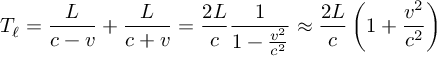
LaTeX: T _ { \ell } = { \frac { L } { c - v } } + { \frac { L } { c + v } } = { \frac { 2 L } { c } } { \frac { 1 } { 1 - { \frac { v ^ { 2 } } { c ^ { 2 } } } } } \approx { \frac { 2 L } { c } } \left( 1 + { \frac { v ^ { 2 } } { c ^ { 2 } } } \right)